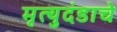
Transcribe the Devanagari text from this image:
मृत्युदंडाचे